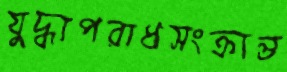
যুদ্ধাপরাধসংক্রান্ত